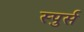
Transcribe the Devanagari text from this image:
स्पुर्स